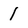
Character: 1